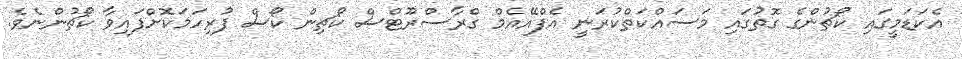
އެކަޑަމީގައި ކޯޗުންގެ ގޮތުގައި މަސައްކަތްކުރަނީ އެފްއޭއެމް ގްރާސްރޫޓްސް ކޯޗިން ކޯސް ފުރިހަމަކޮށްފައިވާ ކޯޗުންނެވެ.